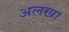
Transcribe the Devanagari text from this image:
अलखा